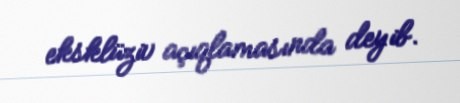
eksklüziv açıqlamasında deyib.